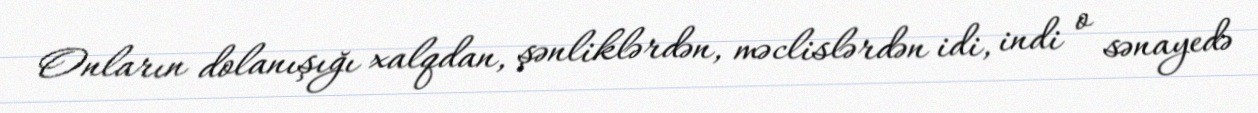
Onların dolanışığı xalqdan, şənliklərdən, məclislərdən idi, indi o sənayedə